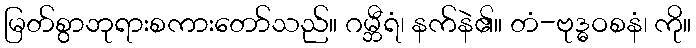
မြတ်စွာဘုရားစကားတော်သည်။ ဂမ္ဘီရံ၊ နက်နဲ၏။ တံ-ဗုဒ္ဓဝစနံ၊ ကို။